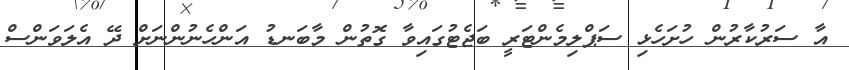
އާ ސަރުކާރުން ހުށަހެޅި ސަޕްލިމެންޓަރީ ބަޖެޓުގައިވާ ގޮތުން މާބަނޑު އަންހެނުންނަށް ދޭ އެލަވަންސް